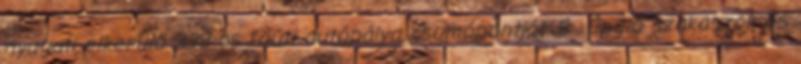
nyugati elkerülő 338-as főúti autópálya csomópontját. 8 Épülő szakaszok és